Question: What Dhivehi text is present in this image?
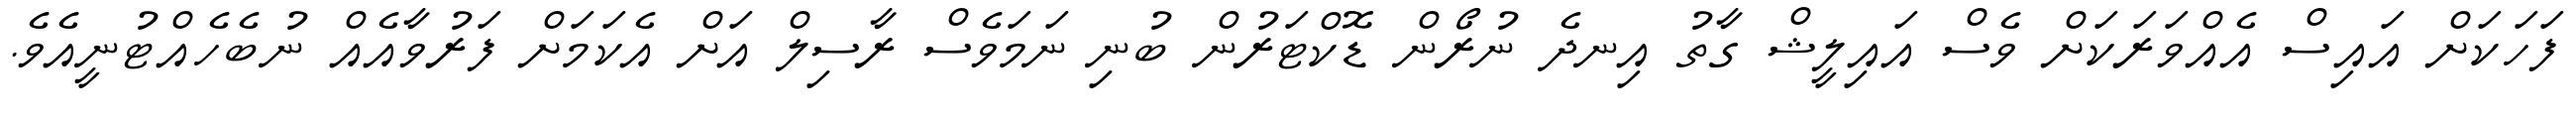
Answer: ފަހަކަށް އައިސް އެއްވަރަކަށް ވެސް އައިލީޝް ގާތު އިނދެ ނުރޯން ޑޮކްޓަރުން ބުނި ނަމަވެސް ރާސިލް އަށް އެކަމަށް ފަރުވާއެއް ނުބެހެއްޓުނީއެވެ.